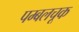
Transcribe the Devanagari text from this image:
पम्बलचूक